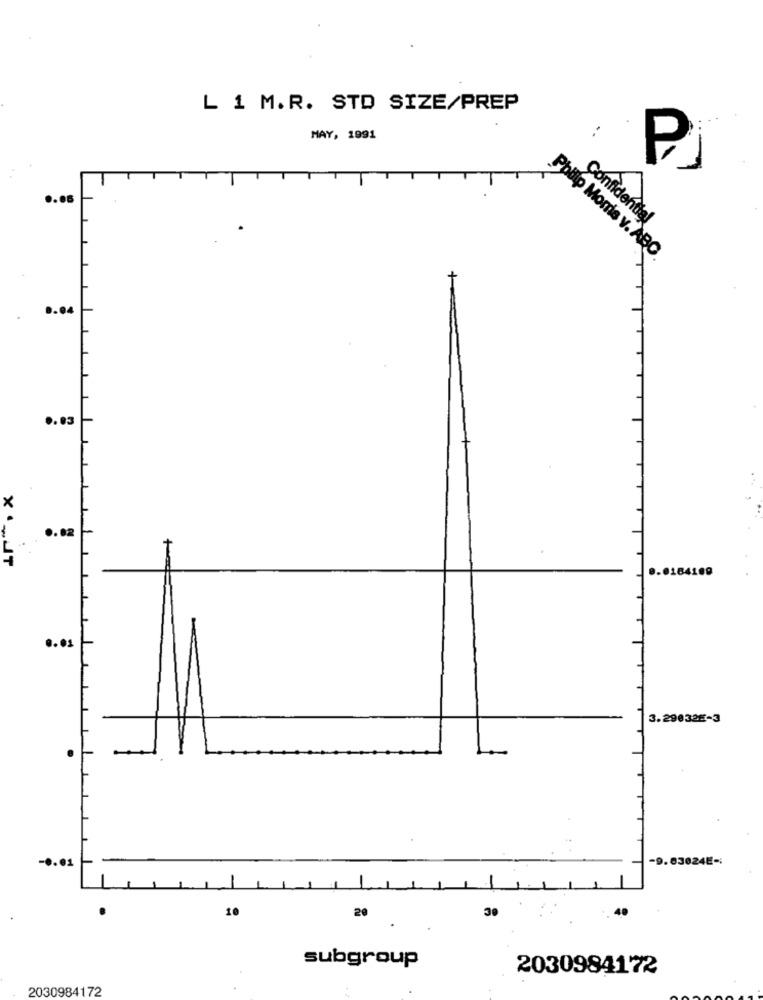
L 1 M.R. STD SIZE/PREP
MAY, 1991
Confidential
Philip Morris v. ABC.
+
0.04
.. 03
×
.. 82
L
.. 01
3.290325-3
10
30
40
20
subgroup
2030984172
2030984172